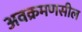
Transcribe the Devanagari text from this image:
अवक्रमणसील